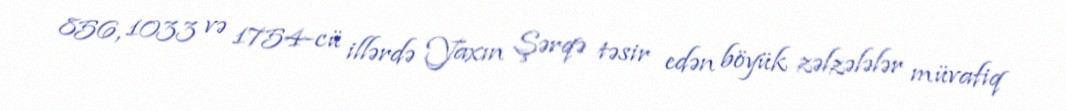
856, 1033 və 1754-cü illərdə Yaxın Şərqə təsir edən böyük zəlzələlər müvafiq